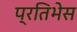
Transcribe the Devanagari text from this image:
प्रतिभेस